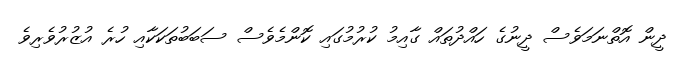
ދީން އޮތްނަމަވެސް ދީނުގެ ހައްދުތައް ގާއިމު ކުރުމުގައި ކޮންމެވެސް ސަބަބުތަކަކާއި ހުރެ އުޒުރުވެރިވެ